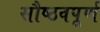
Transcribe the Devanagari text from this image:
सौष्ठवपूर्ण